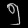
Digit: ၅